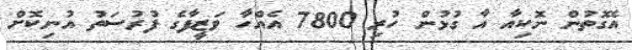
އެގޮތުން ނޮކިއާ އާ ގުޅުން ހުރި 7800 އެއްހާ ވަޒީފާގެ ފުރުސަތު އުނިކޮށް